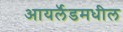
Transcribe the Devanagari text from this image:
आयर्लॅडमधील